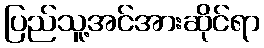
ပြည်သူ့အင်အားဆိုင်ရာ